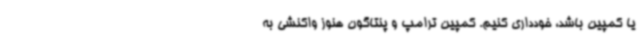
یا کمپین باشد، خودداری کنیم. کمپین ترامپ و پنتاگون هنوز واکنشی به